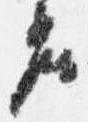
座